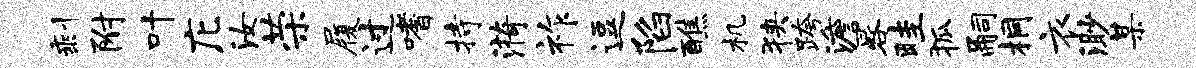
剩附叶庀汝荣履过嗜持漪祚逗陷醮机狭跨澹晷畦狐嗣桐衣渺某